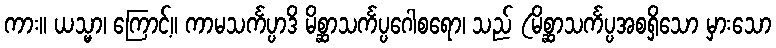
ကား။ ယသ္မာ၊ ကြောင့်။ ကာမသင်္ကပ္ပာဒိ မိစ္ဆာသင်္ကပ္ပဂေါစရော၊ သည် (မိစ္ဆာသင်္ကပ္ပအစရှိသော မှားသော